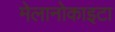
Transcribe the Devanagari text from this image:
मेलानोकाइटा